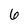
Character: 6